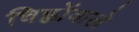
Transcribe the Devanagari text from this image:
चिह्नोंवाले